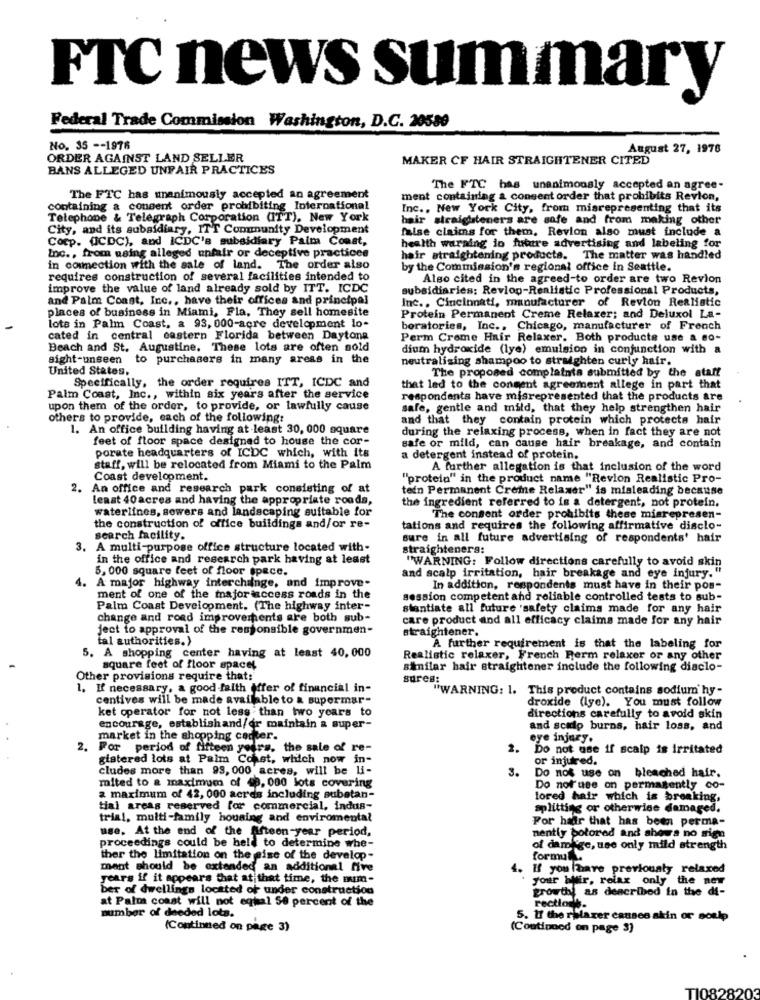
FTC news summary
Federal Trade Commission Washington, D.C. 20580
No. 35 -- 1976
August 27, 1976
ORDER AGAINST LAND SELLER
MAKER CF HAIR STRAIGHTENER CITED
BANS ALLEGED UNFAIR PRACTICES
The FTC has unanimously accepted an agree-
The FTC has unanimously accepted an agreement
ment containing a consent order that prohibits Revion,
containing a consent order prohibiting International
Inc ., New York City, from misrepresenting that its
Telephone & Telegraph Corporation (ITT), New York
hair straighteners are safe and from making other
City, and its subsidiary, ITT Community Development
false claims for them. Revlon also must include a
Corp. (CDC), and ICDC's subsidiary Palm Coast,
Inc ., from using alleged unfair or deceptive practices
health warning io foutre advertising and labeling for
hair straightening products. The matter was handled
in connection with the sale of land. The order also
by the Commission's regional office in Seattle.
requires construction of several facilities intended to
Also cited in the agreed-to order are two Revlon
improve the value of land already sold by ITT. ICDC
subsidiaries: Reviop-Realistic Professional Products,
and Palm Coast, Inc ., have their offices and principal
Inc. , Cincinnati, manufacturer of Revlon Realistic
places of business in Miami, Fla, They sell homesite
Protein Permanent Creme Relaxer; and Deluxol La-
lots in Palm Coast, a 93, 000-acre development lo-
boratories, Inc ., Chicago, manufacturer of French
cated in central eastern Florida between Daytona
Perm Creme Hair Relaxer. Both products use a so-
Beach and St. Augustine. These lots are often sold
dium hydroxide (lye) emulsion in conjunction with a
sight-unseen to purchasers in many areas in the
neutralizing shampoo to straighten curly hair.
United States.
The proposed complaints submitted by the staff
Specifically, the order requires ITT, ICDC and
that led to the consent agreement allege in part that
Palm Coast, Inc ., within six years after the service
respondents have misrepresented that the products are
upon them of the order, to provide, or lawfully cause
safe, gentle and mild, that they help strengthen hair
others to provide, each of the following:
and that they contain protein which protects hair
1. An office building having at least 30, 000 square
during the relaxing process, when in fact they are not
feet of floor space designed to house the cor-
porate headquarters of ICDC which, with its
safe or mild, can cause hair breakage, and contain
a detergent instead of protein.
staff, will be relocated from Miami to the Palm
A further allegation is that inclusion of the word
Coast development.
"protein" in the product name "Revion Realistic Pro-
2. An office and research park consisting of at
tein Permanent Creme Relaxer" is misleading because
least 40acres and having the appropriate roads,
the ingredient referred to is a detergent, not protein.
waterlines, sewers and landscaping suitable for
The consent order prohibits these miarepresen-
the construction of office buildings and/or re-
tations and requires the following affirmative disclo-
search facility.
sure in all future advertising of respondents' hair
3. A multi-purpose office structure located with-
straighteners:
in the office and research park having at least
"WARNING: Follow directions carefully to avoid skin
5, 000 square feet of floor space.
4. A major highway interchange, and improve-
and scalp irritation, hair breakage and eye injury."
In addition, respondents must have in their pos-
ment of one of the major access roads in the
session competent and reliable controlled tests to sub-
Palm Coast Development. (The highway inter-
stantiate all future 'safety claims made for any hair
change and road improvements are both sub-
care product and all efficacy claims made for any hair
ject to approval of the responsible governmen-
straightener.
tal authorities.)
5. A shopping center having at least 40,000
A further requirement is that the labeling for
Realistic relaxer, French Ferm relaxer or any other
square feet of floor space!
similar hair straightener include the following disclo-
Other provisions require that:
sures:
1. If necessary, a good faith offer of financial in-
"WARNING: 1. This product contains sodium' hy -
centives will be made available to & supermar-
droxide (lye). You must follow
ket operator for not less than two years to
directions carefully to avoid skin
encourage, establishand/or maintain a super-
and scalp burns, hair loss, and
market in the shopping center.
eye injury.
2.
For period of fifteen yours, the sale of re-
2.
Do not use if scalp is irritated
gistered lots at Palm Const, which now in-
or injured.
cludes more than 93, 000 acres, will be Li-
3.
Do not use on bleached hair.
mited to a maximum of 40, 000 lots covering
Do not'use on permanently co-
a maximum of 42, 000 acres including substan-
lored hair which is breaking,
tial areas reserved for commercial, indus-
splitting or otherwise damaged.
trial, multi-family housing and enviromental
For hadr that has been perma-
use. At the end of the fifteen-year period,
proceedings could be held to determine whe-
nently bolored and shows no sign
of damage, use only mild strength
ther the limitation on the mise of the develop-
formul.
mant should be extended an additional five
4. If you have previously relaxed
years if it appears that at that time, the num-
your blir, relax only the new
ber of dwellings located of under construction
growth, as described in the di-
at Palm coast will not equal 50 percent of the
number of deeded lots.
rectionis-
5. If the relaxer causes akin or sonlp
(Continued on page 3)
(Continued on page 3)